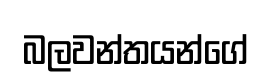
බලවන්තයන්ගේ